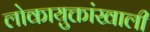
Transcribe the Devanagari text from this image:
लोकायुक्तांखाली